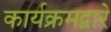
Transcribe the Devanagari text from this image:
कार्यक्रमद्वारे